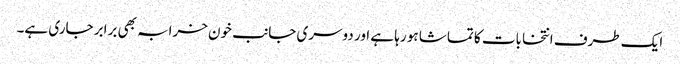
ایک طرف انتخابات کا تماشا ہو رہا ہے اور دوسری جانب خون خرابہ بھی برابر جاری ہے۔